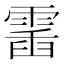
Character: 𩃹